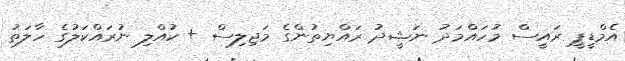
އެމްޑީޕީ ރައީސް މުހައްމަދު ނަޝީދު ރައްޔިތުންގެ މަޖިލިސް + ކުއްލި ނުރައްކަލުގެ ހާލަތު